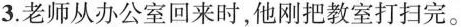
3.老师从办公室回来时，他刚把教室打扫完。